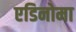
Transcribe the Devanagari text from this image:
एडिनोमा